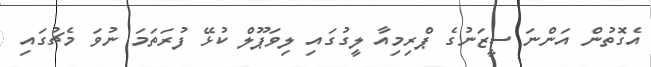
އެގޮތުން އަންނަ ސީޒަނުގެ ޕްރިމިއާ ލީގުގައި ލިވަޕޫލް ކުޅޭ ފުރަތަމަ ނުވަ މެޗުގައި